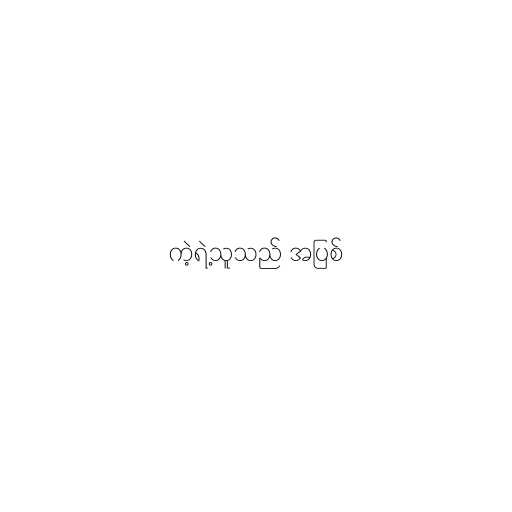
ကဲ့ရဲ့သူသည် အပြစ်